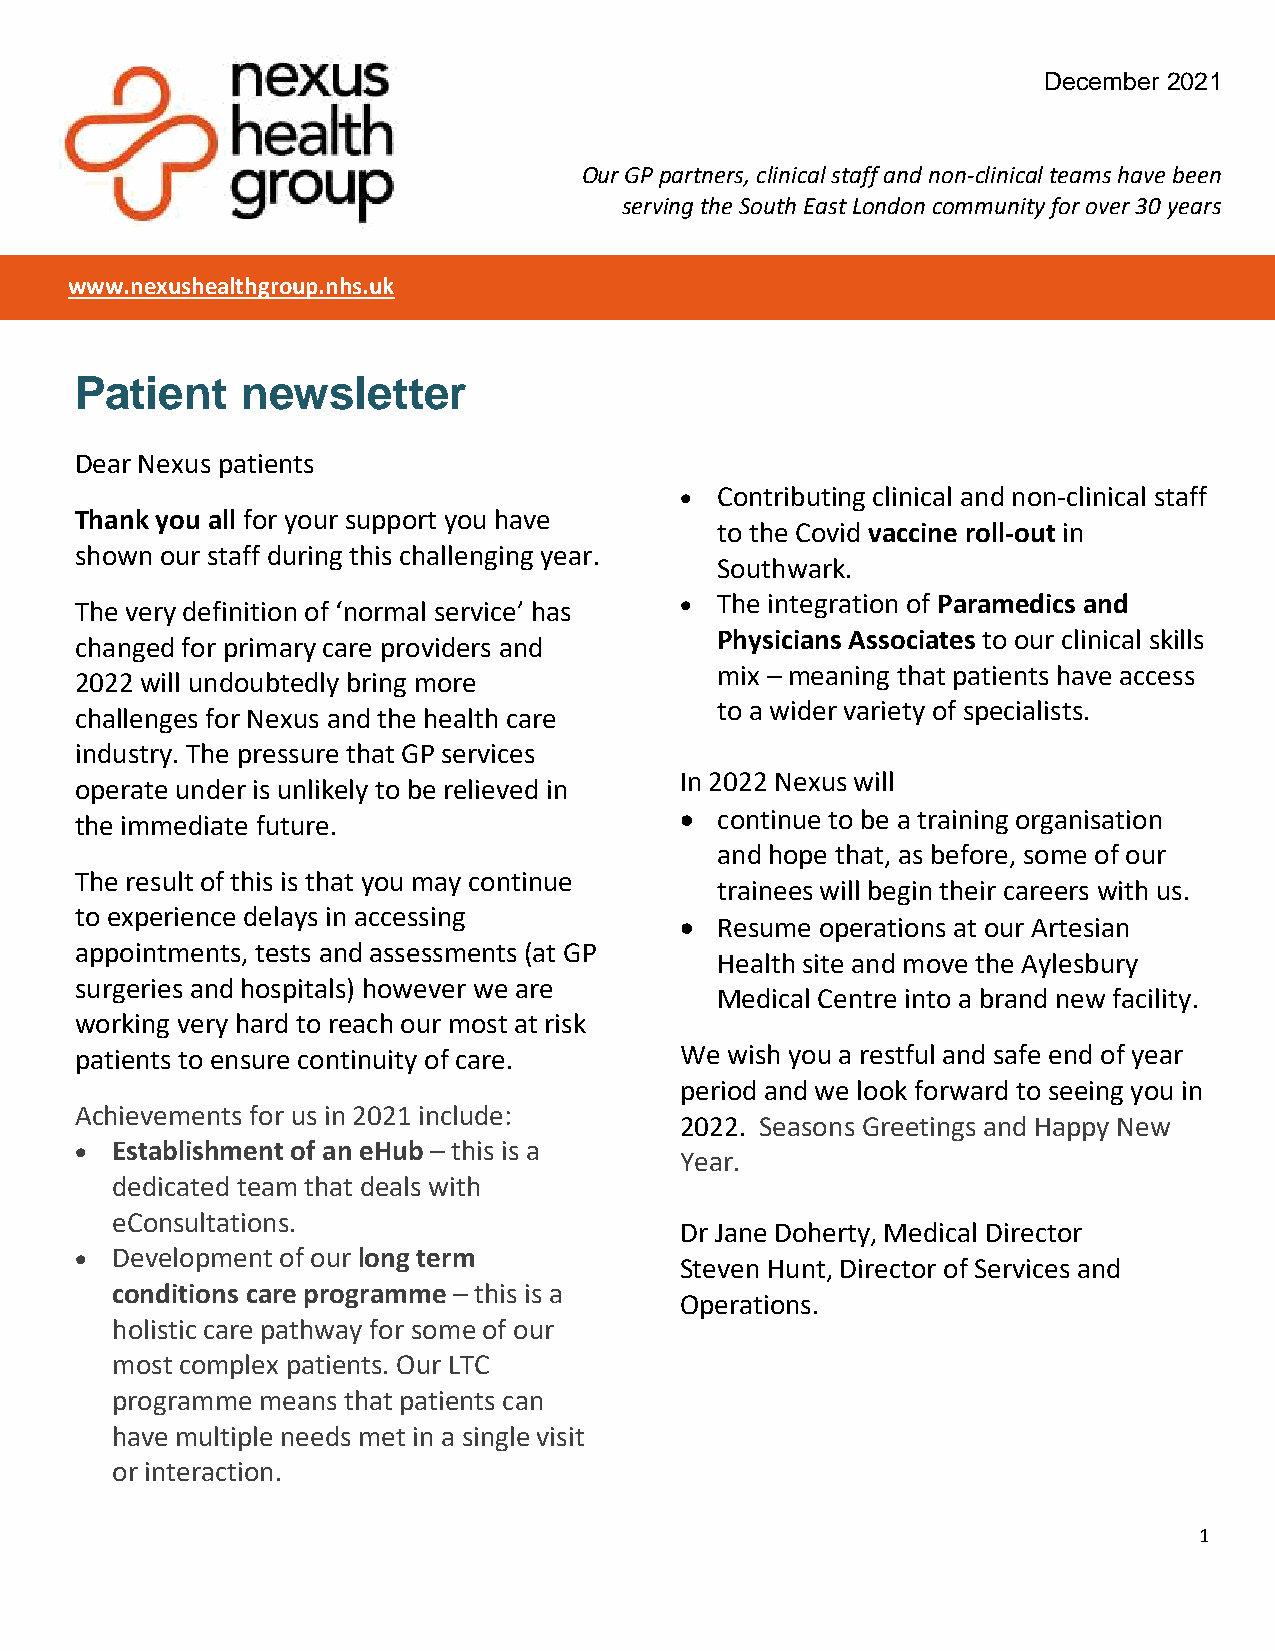
December 2021
 Nexus Health Group patient newsletter: December 2021
 N
 Our GP partners, clinical staff and non-clinical teams have been
 serving the South East London community for over 30 years
 www.nexushealthgroup.nhs.uk
 Patient    newsletter
 Dear Nexus patients
  Contributing clinical and non-clinical staff
 Thank you all for your support you have
 to the Covid vaccine roll-out in
 shown our staff during this challenging year.
 Southwark.
 The very definition of ‘normal service’ has  The integration of Paramedics and
 Physicians Associates to our clinical skills
 changed for primary care providers and
 mix – meaning that patients have access
 2022 will undoubtedly bring more
 to a wider variety of specialists.
 challenges for Nexus and the health care
 industry. The pressure that GP services
 In 2022 Nexus will
 operate under is unlikely to be relieved in
 the immediate future.                    continue to be a training organisation
 and hope that, as before, some of our
 The result of this is that you may continue
 trainees will begin their careers with us.
 to experience delays in accessing
  Resume operations at our Artesian
 appointments, tests and assessments (at GP
 Health site and move the Aylesbury
 surgeries and hospitals) however we are
 Medical Centre into a brand new facility.
 working very hard to reach our most at risk
 patients to ensure continuity of care.  We wish you a restful and safe end of year
 period and we look forward to seeing you in
 Achievements for us in 2021 include:
 2022. Seasons Greetings and Happy New
  Establishment of an eHub – this is a
 Year.
 dedicated team that deals with
 eConsultations.
 Dr Jane Doherty, Medical Director
  Development of our long term
 Steven Hunt, Director of Services and
 conditions care programme – this is a
 Operations.
 holistic care pathway for some of our
 most complex patients. Our LTC
 programme means that patients can
 have multiple needs met in a single visit
 or interaction.
 1